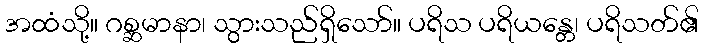
အထံသို့။ ဂစ္ဆမာနာ၊ သွားသည်ရှိသော်။ ပရိသ ပရိယန္တေ၊ ပရိသတ်၏